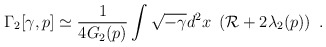
\begin{align*}\Gamma_2[\gamma,p]\simeq{1 \over 4G_2(p)} \int\sqrt{-\gamma} d^2x~\left({\cal R}+2\lambda_2(p)\right)~.\end{align*}